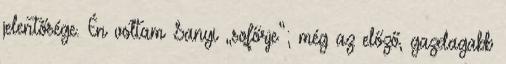
jelentősége. Én voltam Sanyi „sofőrje”; még az előző, gazdagabb